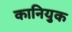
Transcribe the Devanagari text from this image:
कानियुक